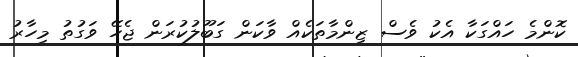
ކޮންމެ ހައްގަކާ އެކު ވެސް ޒިންމާތަކެއް ވާކަން ގަބޫލުކުރަން ޖެހޭ ވަގުތު މިހާރު